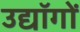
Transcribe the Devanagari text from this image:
उद्यॉगों